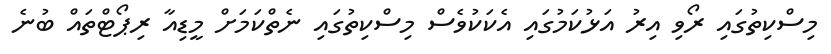
މިސްކިތުގައި ރޯވި އިރު އަޅުކަމުގައި އެކަކުވެސް މިސްކިތުގައި ނެތްކަމަށް މީޑިއާ ރިޕޯޓްތައް ބުނެ